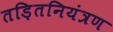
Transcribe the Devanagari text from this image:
तड़ितनियंत्रण